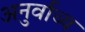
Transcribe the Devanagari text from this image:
अनुर्वाच्य